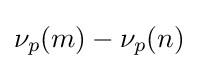
\nu _{p}(m)-\nu _{p}(n)